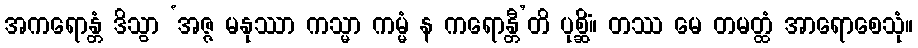
အကရောန္တံ ဒိသွာ ‘အဇ္ဇ မနုဿာ ကသ္မာ ကမ္မံ န ကရောန္တီ’တိ ပုစ္ဆိံ။ တဿ မေ တမတ္ထံ အာရောစေသုံ။